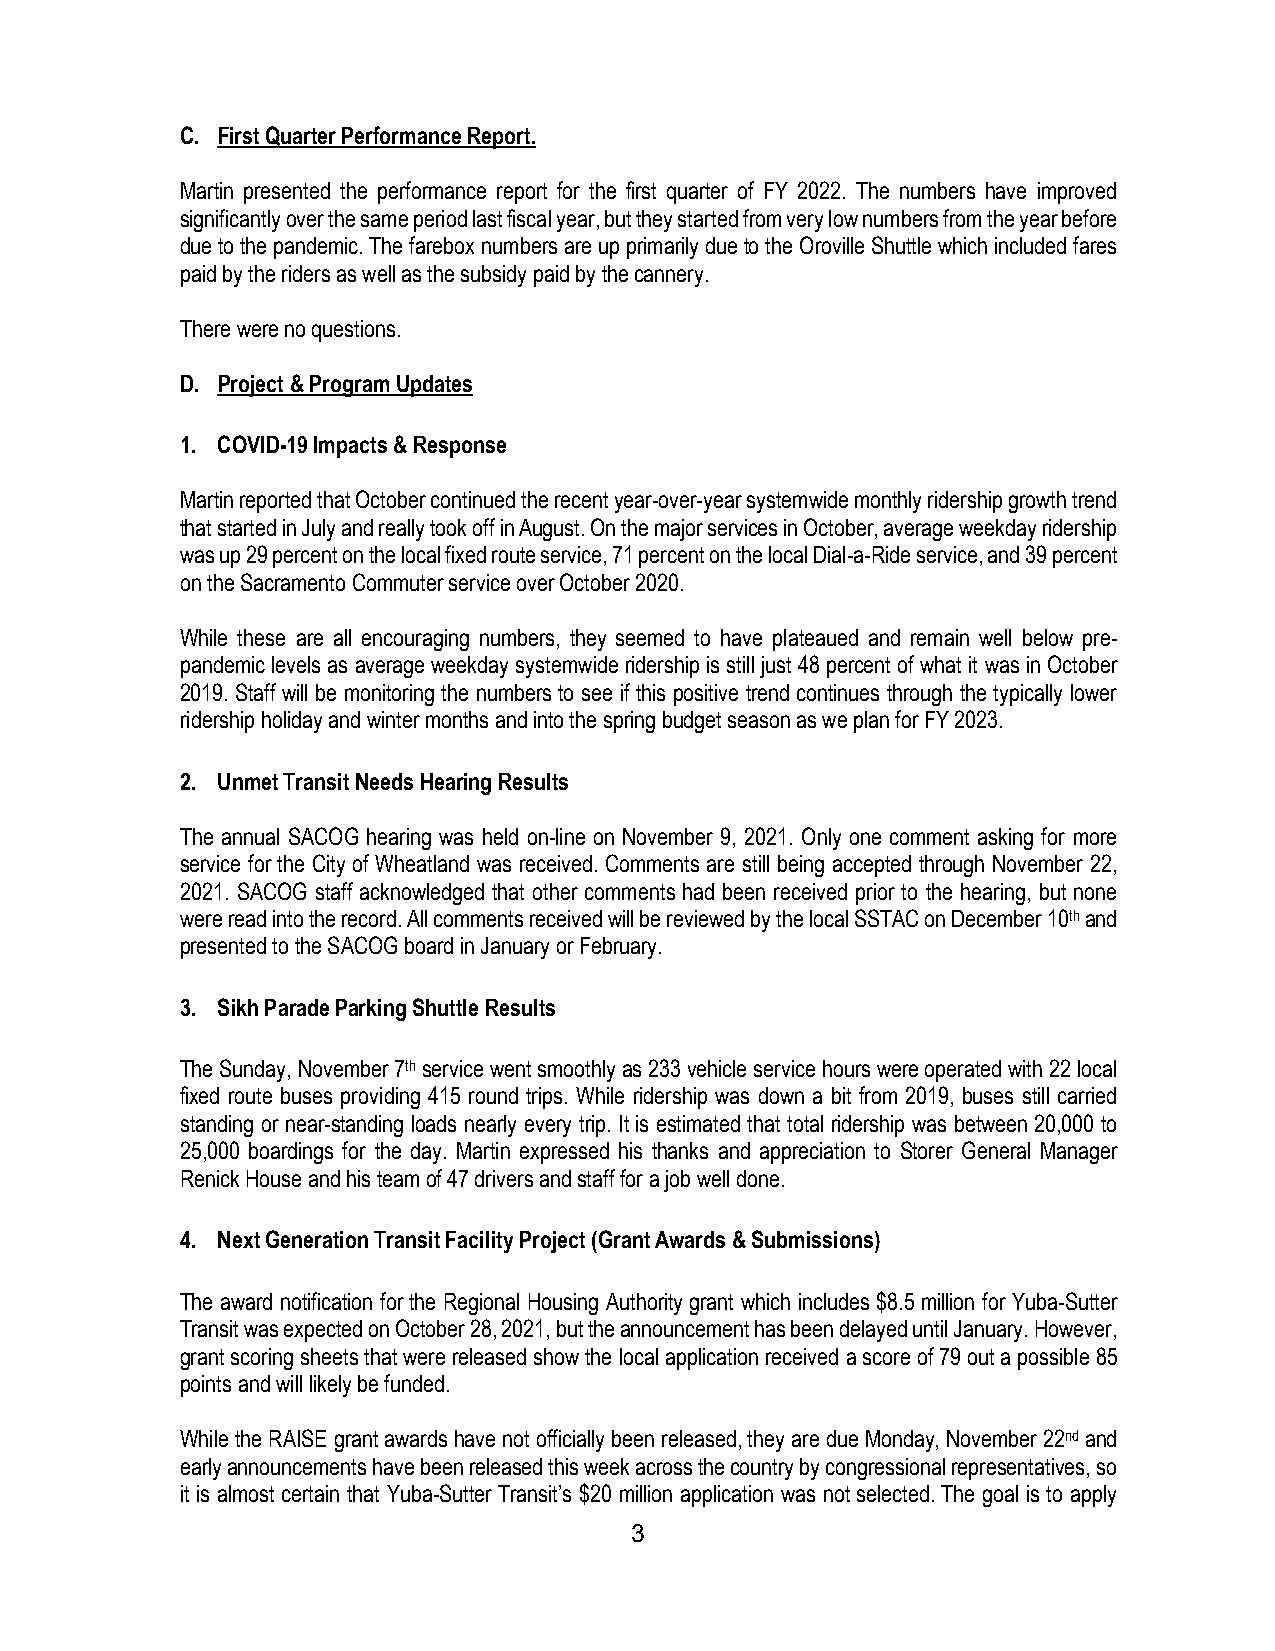
C. First Quarter Performance Report.
 Martin presented the performance report for the first quarter of FY 2022. The numbers have improved
 significantly over the same period last fiscal year, but they started from very low numbers from the year before
 due to the pandemic. The farebox numbers are up primarily due to the Oroville Shuttle which included fares
 paid by the riders as well as the subsidy paid by the cannery.
 There were no questions.
 D. Project & Program Updates
 1. COVID-19 Impacts & Response
 Martin reported that October continued the recent year-over-year systemwide monthly ridership growth trend
 that started in July and really took off in August. On the major services in October, average weekday ridership
 was up 29 percent on the local fixed route service, 71 percent on the local Dial-a-Ride service, and 39 percent
 on the Sacramento Commuter service over October 2020.
 While these are all encouraging numbers, they seemed to have plateaued and remain well below pre-
 pandemic levels as average weekday systemwide ridership is still just 48 percent of what it was in October
 2019. Staff will be monitoring the numbers to see if this positive trend continues through the typically lower
 ridership holiday and winter months and into the spring budget season as we plan for FY 2023.
 2. Unmet Transit Needs Hearing Results
 The annual SACOG hearing was held on-line on November 9, 2021. Only one comment asking for more
 service for the City of Wheatland was received. Comments are still being accepted through November 22,
 2021. SACOG staff acknowledged that other comments had been received prior to the hearing, but none
 were read into the record. All comments received will be reviewed by the local SSTAC on December 10th and
 presented to the SACOG board in January or February.
 3. Sikh Parade Parking Shuttle Results
 The Sunday, November 7th service went smoothly as 233 vehicle service hours were operated with 22 local
 fixed route buses providing 415 round trips. While ridership was down a bit from 2019, buses still carried
 standing or near-standing loads nearly every trip. It is estimated that total ridership was between 20,000 to
 25,000 boardings for the day. Martin expressed his thanks and appreciation to Storer General Manager
 Renick House and his team of 47 drivers and staff for a job well done.
 4. Next Generation Transit Facility Project (Grant Awards & Submissions)
 The award notification for the Regional Housing Authority grant which includes $8.5 million for Yuba-Sutter
 Transit was expected on October 28, 2021, but the announcement has been delayed until January. However,
 grant scoring sheets that were released show the local application received a score of 79 out a possible 85
 points and will likely be funded.
 While the RAISE grant awards have not officially been released, they are due Monday, November 22nd and
 early announcements have been released this week across the country by congressional representatives, so
 it is almost certain that Yuba-Sutter Transit’s $20 million application was not selected. The goal is to apply
 3